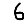
Digit: 6